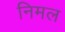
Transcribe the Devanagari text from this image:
निमल